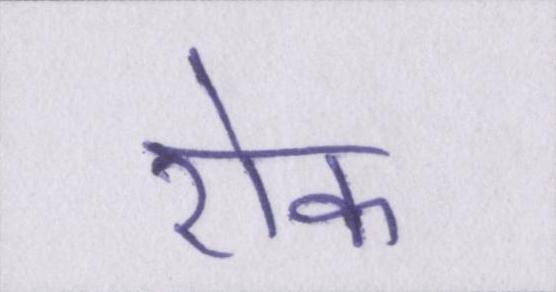
रोक